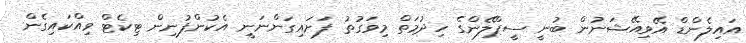
އައިލެންޑް އޭވިއޭޝަނުން ބުނީ ސީޕްލޭންގެ ހިދުމަތް މިވަގުތު ފަށައިގަންނަނީ އެކުންފުނިން ޓިކެޓް ވިއްކައިގެން